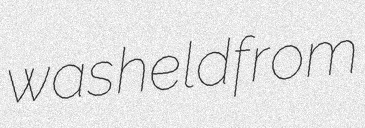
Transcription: was held from